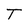
Character: T